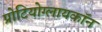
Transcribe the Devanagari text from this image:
प्रोटियोग्लायकॉन